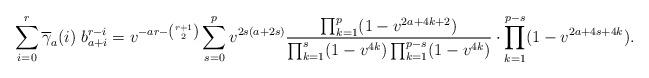
LaTeX: \begin{align*} \sum_{i=0}^{r} \overline \gamma_{a}(i) \; b_{a+i}^{r-i}&= v^{-ar - {r+1 \choose 2}} \sum_{s=0}^p v^{2s(a+2s)} \frac{\prod_{k=1}^p (1-v^{2a+4k+2})}{\prod_{k=1}^s(1-v^{4k}) \prod_{k=1}^{p-s} (1-v^{4k})} \cdot \prod_{k=1}^{p-s} (1-v^{2a+4s+4k}).\end{align*}